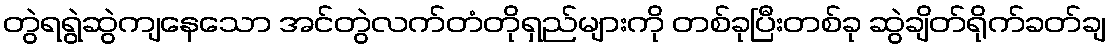
တွဲရရွဲဆွဲကျနေသော အင်တွဲလက်တံတိုရှည်များကို တစ်ခုပြီးတစ်ခု ဆွဲချိတ်ရိုက်ခတ်ချ